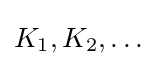
K_{1},K_{2},\dots